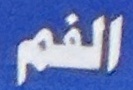
الفم